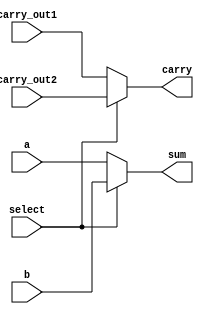
`timescale 1ns / 1ps
//////////////////////////////////////////////////////////////////////////////////
// Company: 
// Engineer: 
// 
// Design Name: 
// Module Name:    Mux_32bits 
// Project Name: 
// Target Devices: 
// Tool versions: 
// Description: 
//
// Dependencies: 
//
// Revision: 
// Revision 0.01 - File Created
// Additional Comments: 
//
//////////////////////////////////////////////////////////////////////////////////
module Mux_32bits( carry, sum, select, a,b, carry_out1, carry_out2);
input select;
input [31:0] a;
input [31:0] b;
input carry_out1, carry_out2;
output carry;
output [31:0]sum;

assign carry = select ? carry_out2: carry_out1;
assign sum = select ? b : a;
endmodule